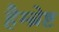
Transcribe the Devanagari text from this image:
हैम्ब्रेष्ट